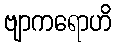
ဗျာကရောဟိ